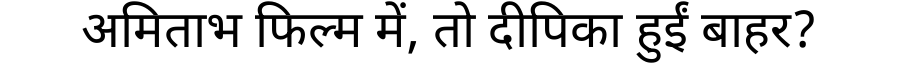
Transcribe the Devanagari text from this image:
अमिताभ फिल्म में, तो दीपिका हुईं बाहर?